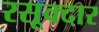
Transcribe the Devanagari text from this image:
रसूक्दार